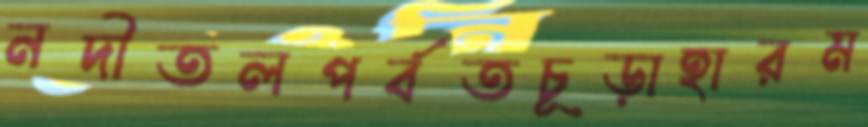
নদীতলপর্বতচূড়াহারম